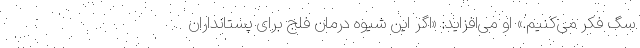
سگ فکر می‌کنیم.» او می‌افزاید: «اگر این شیوه درمان فلج برای پستانداران